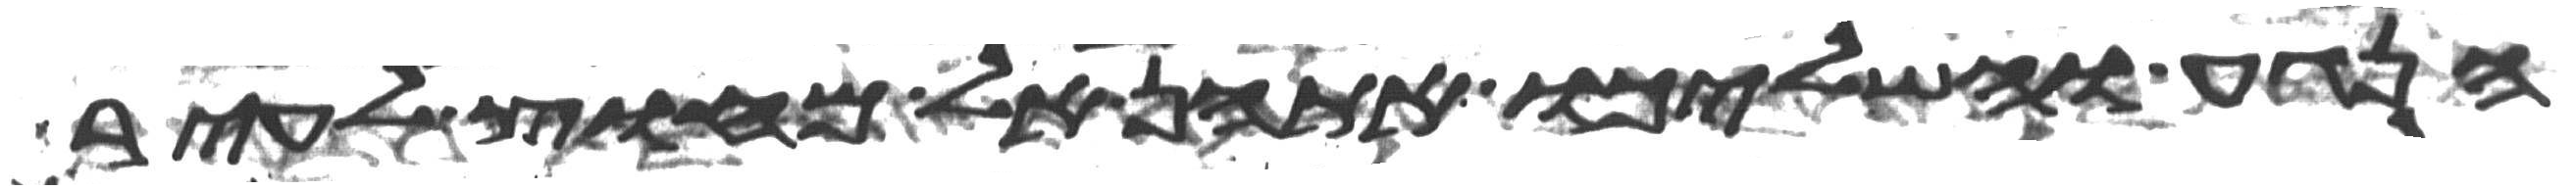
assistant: הנגע והשליכו אתהן אל מחוץ לעיר